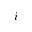
i